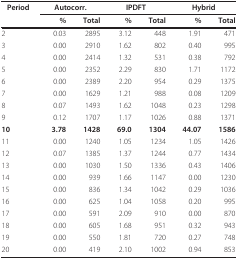
| Period | <COLSPAN=2> Autocorr. | <COLSPAN=2> IPDFT | <COLSPAN=2> Hybrid |
 |  | % | Total | % | Total | % | Total |
 | --- | --- | --- | --- | --- | --- | --- |
 | 2 | 0.03 | 2895 | 3.12 | 448 | 1.91 | 471 |
 | 3 | 0.00 | 2910 | 1.62 | 802 | 0.40 | 995 |
 | 4 | 0.00 | 2414 | 1.32 | 531 | 0.38 | 792 |
 | 5 | 0.00 | 2352 | 2.29 | 830 | 1.71 | 1172 |
 | 6 | 0.00 | 2389 | 2.20 | 954 | 0.29 | 1375 |
 | 7 | 0.00 | 1629 | 1.21 | 988 | 0.08 | 1209 |
 | 8 | 0.07 | 1493 | 1.62 | 1048 | 0.23 | 1298 |
 | 9 | 0.12 | 1707 | 1.17 | 1026 | 0.88 | 1371 |
 | 10 | 3.78 | 1428 | 69.0 | 1304 | 44.07 | 1586 |
 | 11 | 0.00 | 1240 | 1.05 | 1234 | 1.05 | 1426 |
 | 12 | 0.07 | 1385 | 1.37 | 1244 | 0.77 | 1434 |
 | 13 | 0.00 | 1030 | 1.50 | 1336 | 0.43 | 1406 |
 | 14 | 0.00 | 939 | 1.66 | 1147 | 0.00 | 1230 |
 | 15 | 0.00 | 836 | 1.34 | 1042 | 0.29 | 1036 |
 | 16 | 0.00 | 625 | 1.04 | 1058 | 0.20 | 995 |
 | 17 | 0.00 | 591 | 2.09 | 910 | 0.00 | 870 |
 | 18 | 0.00 | 605 | 1.68 | 951 | 0.32 | 943 |
 | 19 | 0.00 | 550 | 1.81 | 720 | 0.27 | 748 |
 | 20 | 0.00 | 419 | 2.10 | 1002 | 0.94 | 853 |